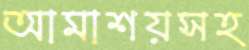
আমাশয়সহ